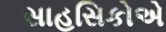
સાહસિકોએ